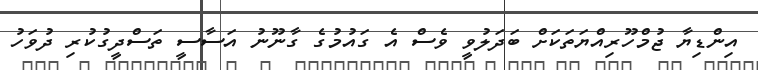
އިންޑިޔާ ޖުމްހޫރިއްޔަތަކަށް ބަދަލުވީ ވެސް އެ ގައުމުގެ ގާނޫނު އަސާސީ ތަސްދީގުކުރި ދުވަހު